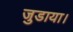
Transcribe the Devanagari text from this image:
जुडाया।